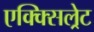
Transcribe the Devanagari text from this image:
एक्क्सिल्रेट